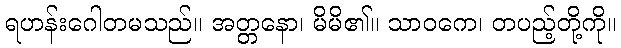
ရဟန်းဂေါတမသည်။ အတ္တနော၊ မိမိ၏။ သာဝကေ၊ တပည့်တို့ကို။